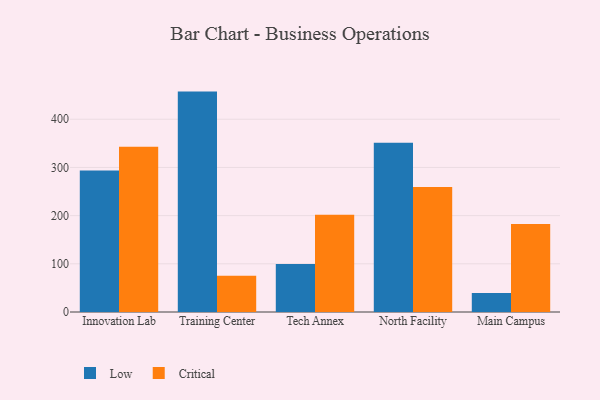
{"axis": {"x": "Campus", "y": "Demand Index"}, "legend": ["Critical", "Low"], "data": [{"x": "Innovation Lab", "y": 293.5, "type": "Low"}, {"x": "Innovation Lab", "y": 342.8, "type": "Critical"}, {"x": "Training Center", "y": 457.4, "type": "Low"}, {"x": "Training Center", "y": 75.4, "type": "Critical"}, {"x": "Tech Annex", "y": 99.5, "type": "Low"}, {"x": "Tech Annex", "y": 201.7, "type": "Critical"}, {"x": "North Facility", "y": 351.5, "type": "Low"}, {"x": "North Facility", "y": 259.6, "type": "Critical"}, {"x": "Main Campus", "y": 39.3, "type": "Low"}, {"x": "Main Campus", "y": 182.6, "type": "Critical"}]}